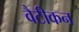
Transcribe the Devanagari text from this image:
वैटीकन